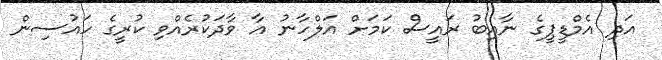
އަދި އެމްޑީޕީގެ ނާއިބު ރައީސް ކަމަށް އަލްހާނު އާ ވާދަކުރެއްވި ކުރީގެ ހައުސިން